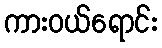
ကားဝယ်ရောင်း